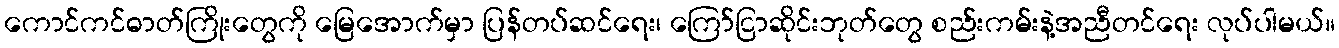
ကောင်ကင်ဓာတ်ကြိုးတွေကို မြေအောက်မှာ ပြန်တပ်ဆင်ရေး၊ ကြော်ငြာဆိုင်းဘုတ်တွေ စည်းကမ်းနဲ့အညီတင်ရေး လုပ်ပါမယ်။